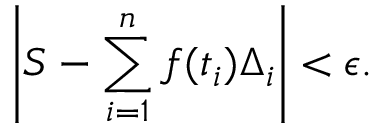
\left| S - \sum _ { i = 1 } ^ { n } f ( t _ { i } ) \Delta _ { i } \right| < \epsilon .